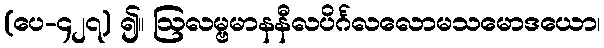
(ပေ-၄၂၇) ၍။ ဩလမ္ဗမာနနီလပိင်္ဂလလောမသမောဒယော၊